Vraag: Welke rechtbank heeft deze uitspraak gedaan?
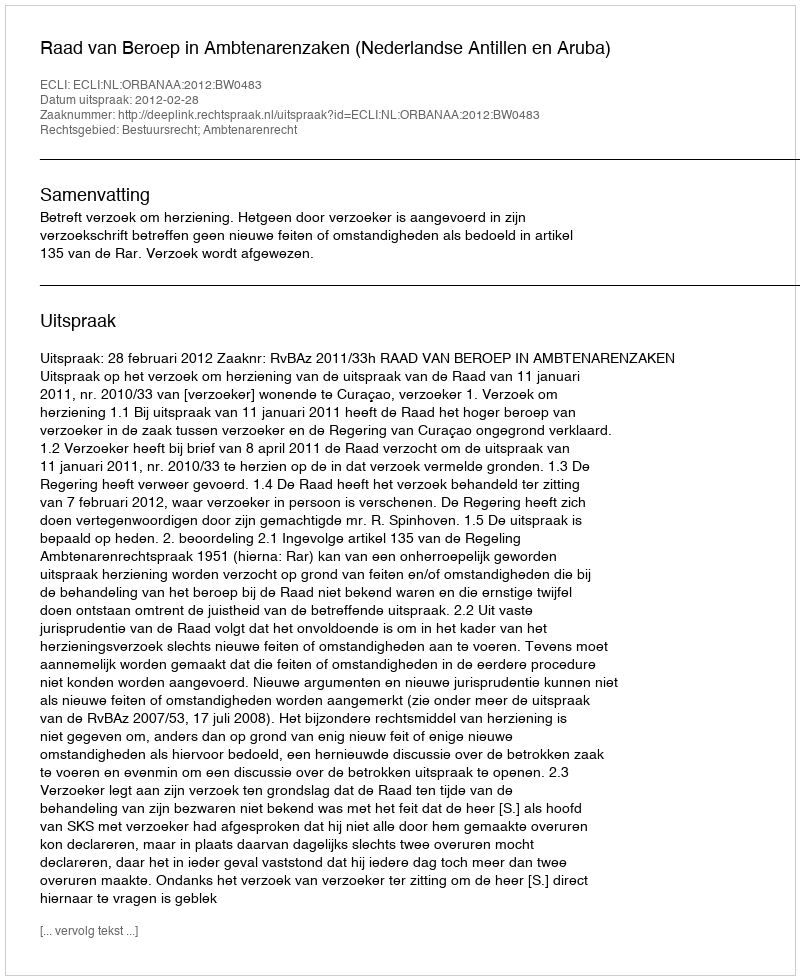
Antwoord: Raad van Beroep in Ambtenarenzaken (Nederlandse Antillen en Aruba)